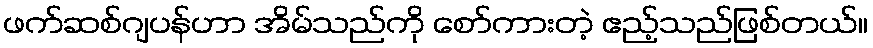
ဖက်ဆစ်ဂျပန်ဟာ အိမ်သည်ကို စော်ကားတဲ့ ဧည့်သည်ဖြစ်တယ်။